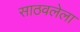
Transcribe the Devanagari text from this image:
साठवलेला